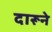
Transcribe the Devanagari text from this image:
दारूने